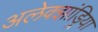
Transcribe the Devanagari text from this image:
अलेक्‍झांड्रिया